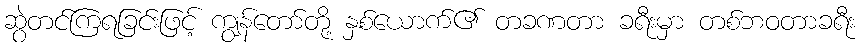
ဆွဲတင်ကြရခြင်းဖြင့် ကျွန်တော်တို့ နှစ်ယောက်၏ တခဏတာ ခရီးမှာ တစ်ဘဝတာခရီး